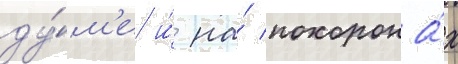
ду́м'е и́ на́ похорона́х